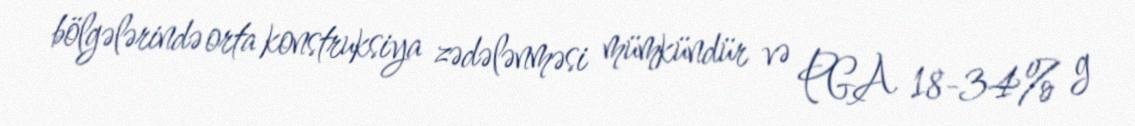
bölgələrində orta konstruksiya zədələnməsi mümkündür və PGA 18-34% g